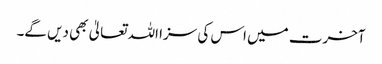
آخرت میں اس کی سزا اللہ تعالیٰ بھی دیں گے۔